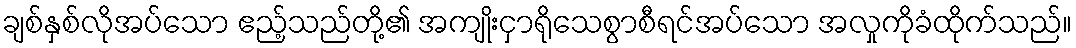
ချစ်နှစ်လိုအပ်သော ဧည့်သည်တို့၏ အကျိုးငှာရိုသေစွာစီရင်အပ်သော အလှုကိုခံထိုက်သည်။